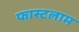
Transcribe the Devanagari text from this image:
फास्टलाम